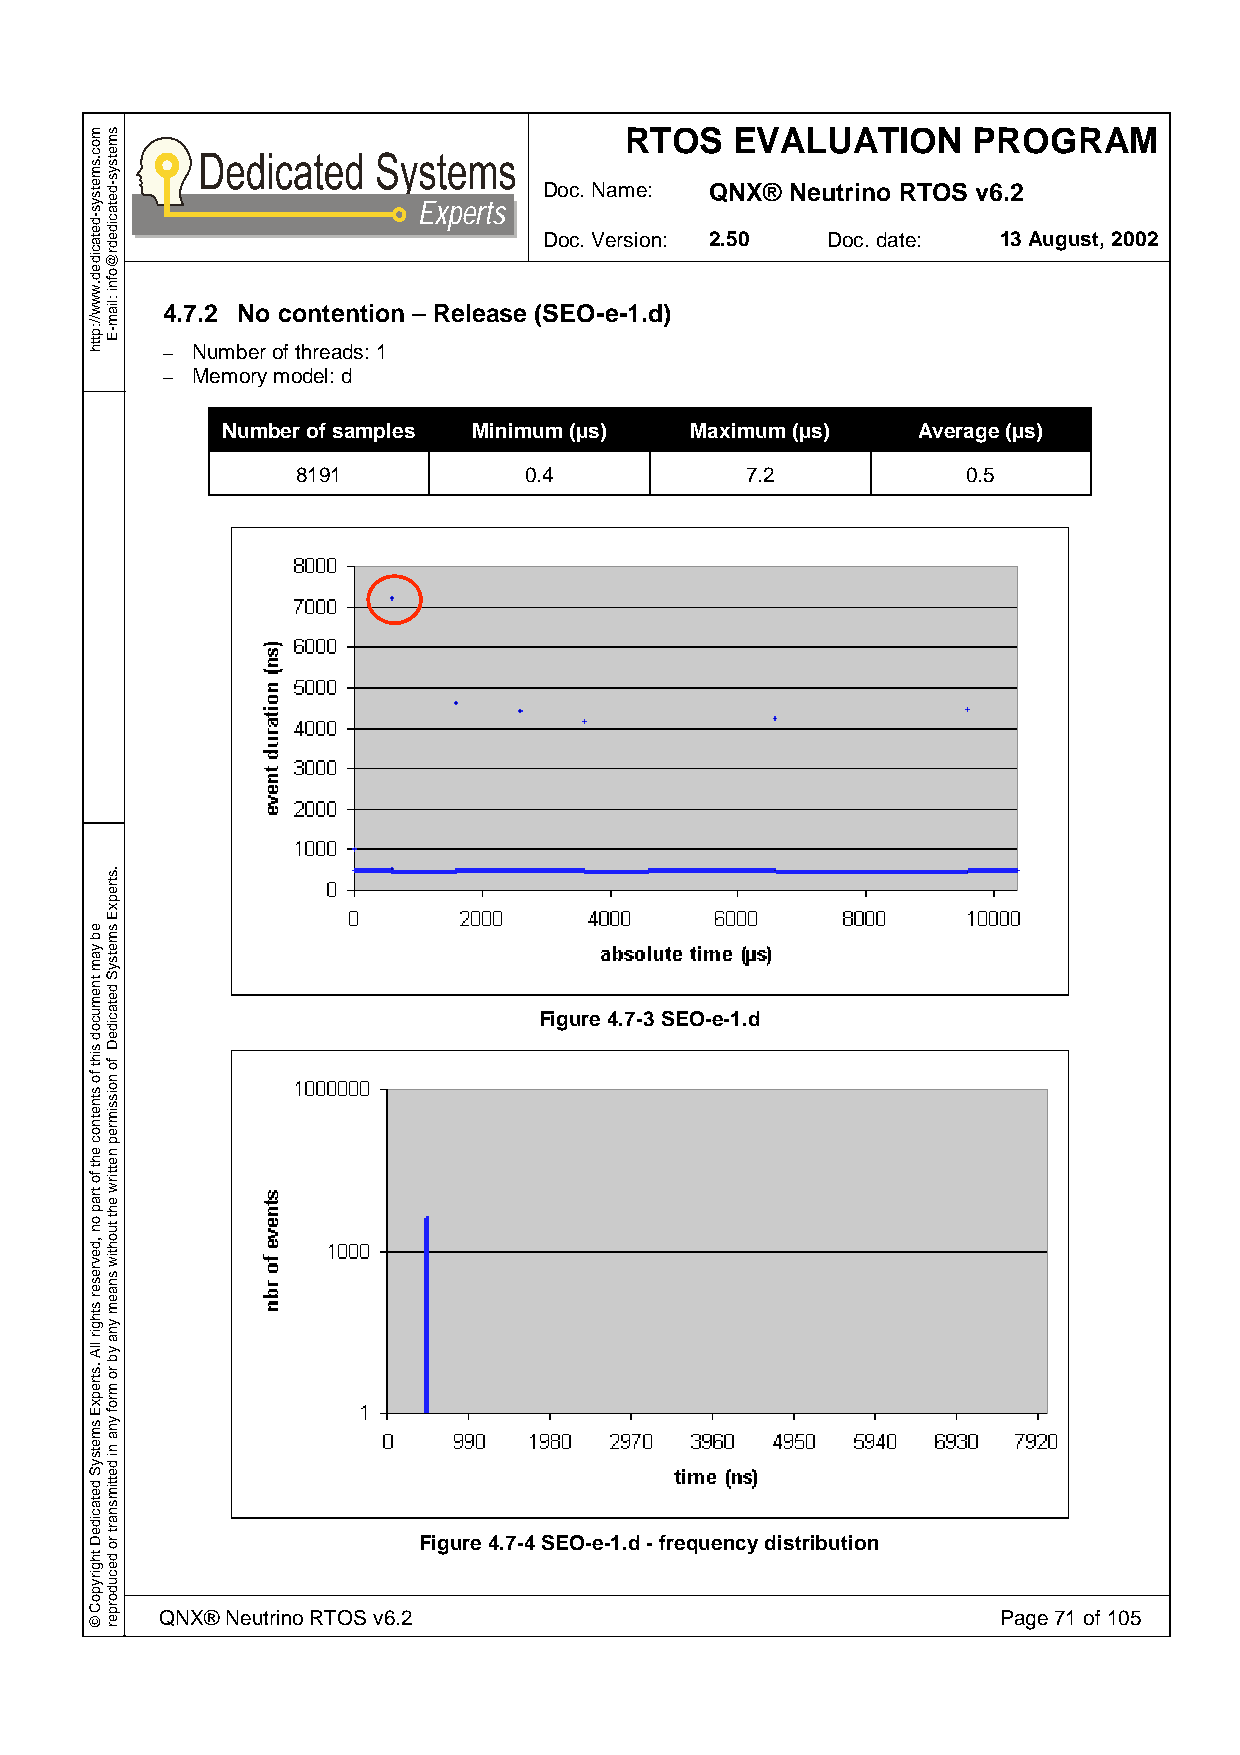
RTOS    EVALUATION     PROGRAM
 Doc. Name: QNX® Neutrino RTOS v6.2
 Experts
 Doc. Version: 2.50 Doc. date: 13 August, 2002
 4.7.2 No contention – Release (SEO-e-1.d)
 – Number of threads: 1
 – Memory model: d
 Number of samples Minimum (µs) Maximum (µs)   Average (µs)
 8191           0.4           7.2            0.5
 Figure 4.7-3 SEO-e-1.d
 Figure 4.7-4 SEO-e-1.d - frequency distribution
 QNX® Neutrino RTOS v6.2                                Page 71 of 105
 moc.smetsys-detacided.www//:ptth
 eb
 yam
 tnemucod
 siht
 fo
 stnetnoc
 eht
 fo
 trap
 on
 ,devreser
 sthgir
 llA
 .strepxE
 smetsyS
 detacideD
 thgirypoC
 ©
 smetsys-detacidedr@ofni
 :liam-E
 .strepxE
 smetsyS
 detacideD
 fo
 noissimrep
 nettirw
 eht
 tuohtiw
 snaem
 yna
 yb
 ro
 mrof
 yna
 ni
 dettimsnart
 ro
 decudorper